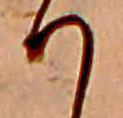
り